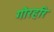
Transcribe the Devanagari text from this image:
गौरहरि